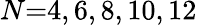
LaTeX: N{=}4,6,8,10,12